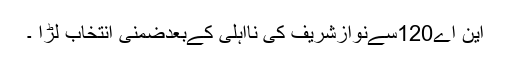
این اے120سےنوازشریف کی نااہلی کےبعدضمنی انتخاب لڑا ۔